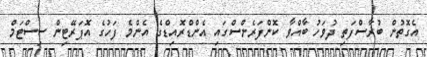
އެގޮތުން ބުރާސްފަތި ދުވަހު ބާއްވާ ކޮންފަރެންސްގައި އެންޑްރޮއިޑްގެ އެންމެ ފަހުގެ އޮޕަރޭޓިން ސިސްޓަމް